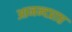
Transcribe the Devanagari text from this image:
आनन्दप्राप्त